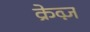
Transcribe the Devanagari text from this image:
क्रेव्ज़